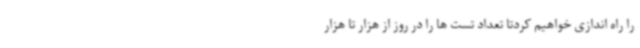
را راه اندازی خواهیم کردتا تعداد تست ها را در روز از هزار تا هزار